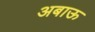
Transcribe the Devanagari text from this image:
अबाऊ